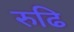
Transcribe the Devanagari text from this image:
रुढि